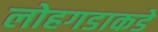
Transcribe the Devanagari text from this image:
लोहगडाकडे